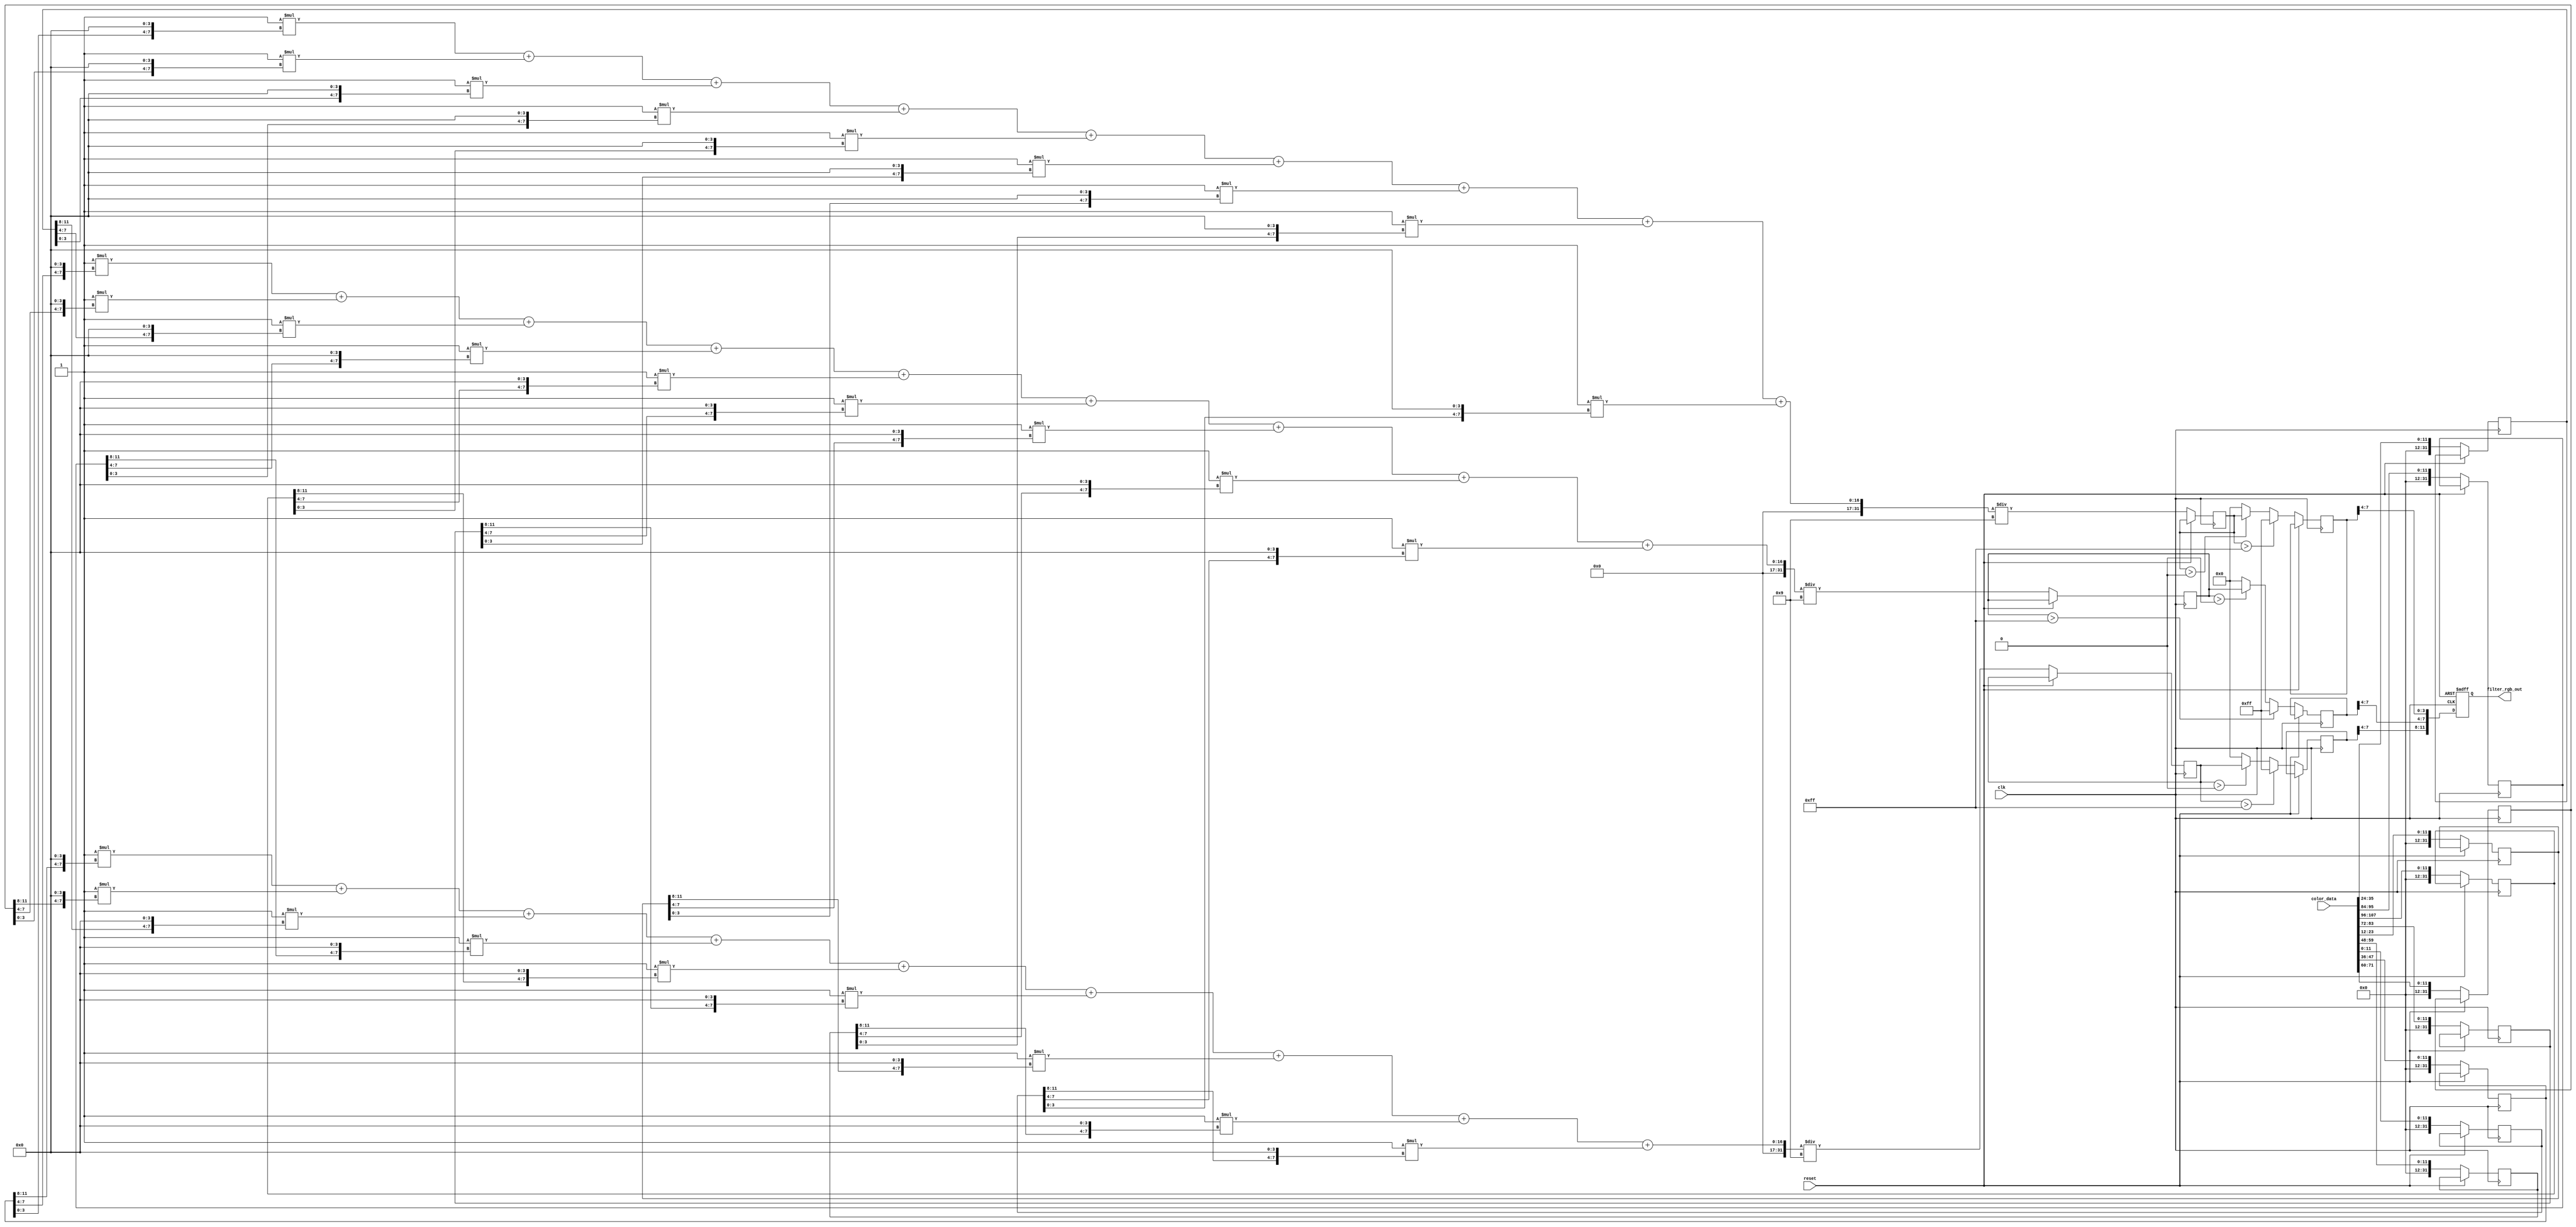
module promediador
	(
		input clk,
		input reset,
		input [107:0] color_data,
		output reg [11:0] filter_rgb_out
	);

	integer upleft;
	integer up;
	integer upright;
	integer left;
	integer original;
	integer right;
	integer downleft;
	integer down;
	integer downright;

	integer red;
	integer green;
	integer blue;
	integer red_filtered;
	integer green_filtered;
	integer blue_filtered;

	always @(posedge clk, posedge reset) begin
		if (reset) begin
			filter_rgb_out <= 0;
		end else begin
			upleft <= color_data[47:36];
			up <= color_data[71:60];
			upright <= color_data[35:24];
			left <= color_data[95:84];
			original <= color_data[107:96];
			right <= color_data[83:72];
			downleft <= color_data[23:12];
			down <= color_data[59:48];
			downright <= color_data[11:0];

	red <= ((1*(upleft[11:8] << 4 ))+(1*(up[11:8] << 4 ))+(1*(upright[11:8] << 4 ))+(1*(left[11:8] << 4 ))+(1*(original[11:8] << 4 ))+(1*(right[11:8] << 4 ))+(1*(downleft[11:8] << 4 ))+(1*(down[11:8] << 4 ))+(1*(downright[11:8] << 4 ))) / 9 ;
	green <= ((1*(upleft[7:4] << 4 ))+(1*(up[7:4] << 4 ))+(1*(upright[7:4] << 4 ))+(1*(left[7:4] << 4 ))+(1*(original[7:4] << 4 ))+(1*(right[7:4] << 4 ))+(1*(downleft[7:4] << 4 ))+(1*(down[7:4] << 4 ))+(1*(downright[7:4] << 4 ))) / 9 ;
	blue <= ((1*(upleft[3:0] << 4 ))+(1*(up[3:0] << 4 ))+(1*(upright[3:0] << 4 ))+(1*(left[3:0] << 4 ))+(1*(original[3:0] << 4 ))+(1*(right[3:0] << 4 ))+(1*(downleft[3:0] << 4 ))+(1*(down[3:0] << 4 ))+(1*(downright[3:0] << 4 ))) / 9 ;


			red_filtered <= red > 255 ? 255: (red > 0 ? red: 0);
			green_filtered <= green > 255 ? 255: (green > 0 ? green: 0);
			blue_filtered <= blue > 255 ? 255: (blue > 0 ? blue: 0);
			filter_rgb_out[11:8] <= red_filtered[7:4];
			filter_rgb_out[7:4] <= green_filtered[7:4];
			filter_rgb_out[3:0] <= blue_filtered[7:4];

		end

	end
endmodule